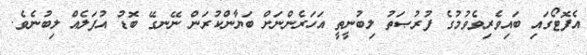
އެފޮޓޯގައި ބައިވެރިވެވުމުގެ ފުރުޞަތު ލިބުނީތީ އަހަރެންނަށް ބަޔާންކުރަން ނޭނގޭ ބޮޑު އުފަލެއް ލިބުނެވެ.